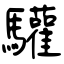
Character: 驩